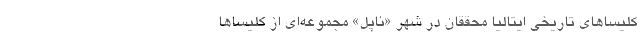
کلیساهای تاریخی ایتالیا محققان در شهر «ناپل» مجموعه‌ای از کلیساها